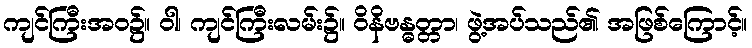
ကျင်ကြီးအဝ၌။ ဝါ၊ ကျင်ကြီးလမ်း၌။ ဝိနိဗန္ဓတ္တာ၊ ဖွဲ့အပ်သည်၏ အဖြစ်ကြောင့်။